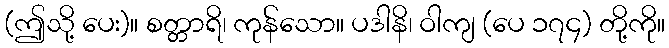
(ဤသို့ ပေး)။ စတ္တာရိ၊ ကုန်သော။ ပဒါနိ၊ ဝါကျ (ပေ ၁၇၄) တို့ကို။